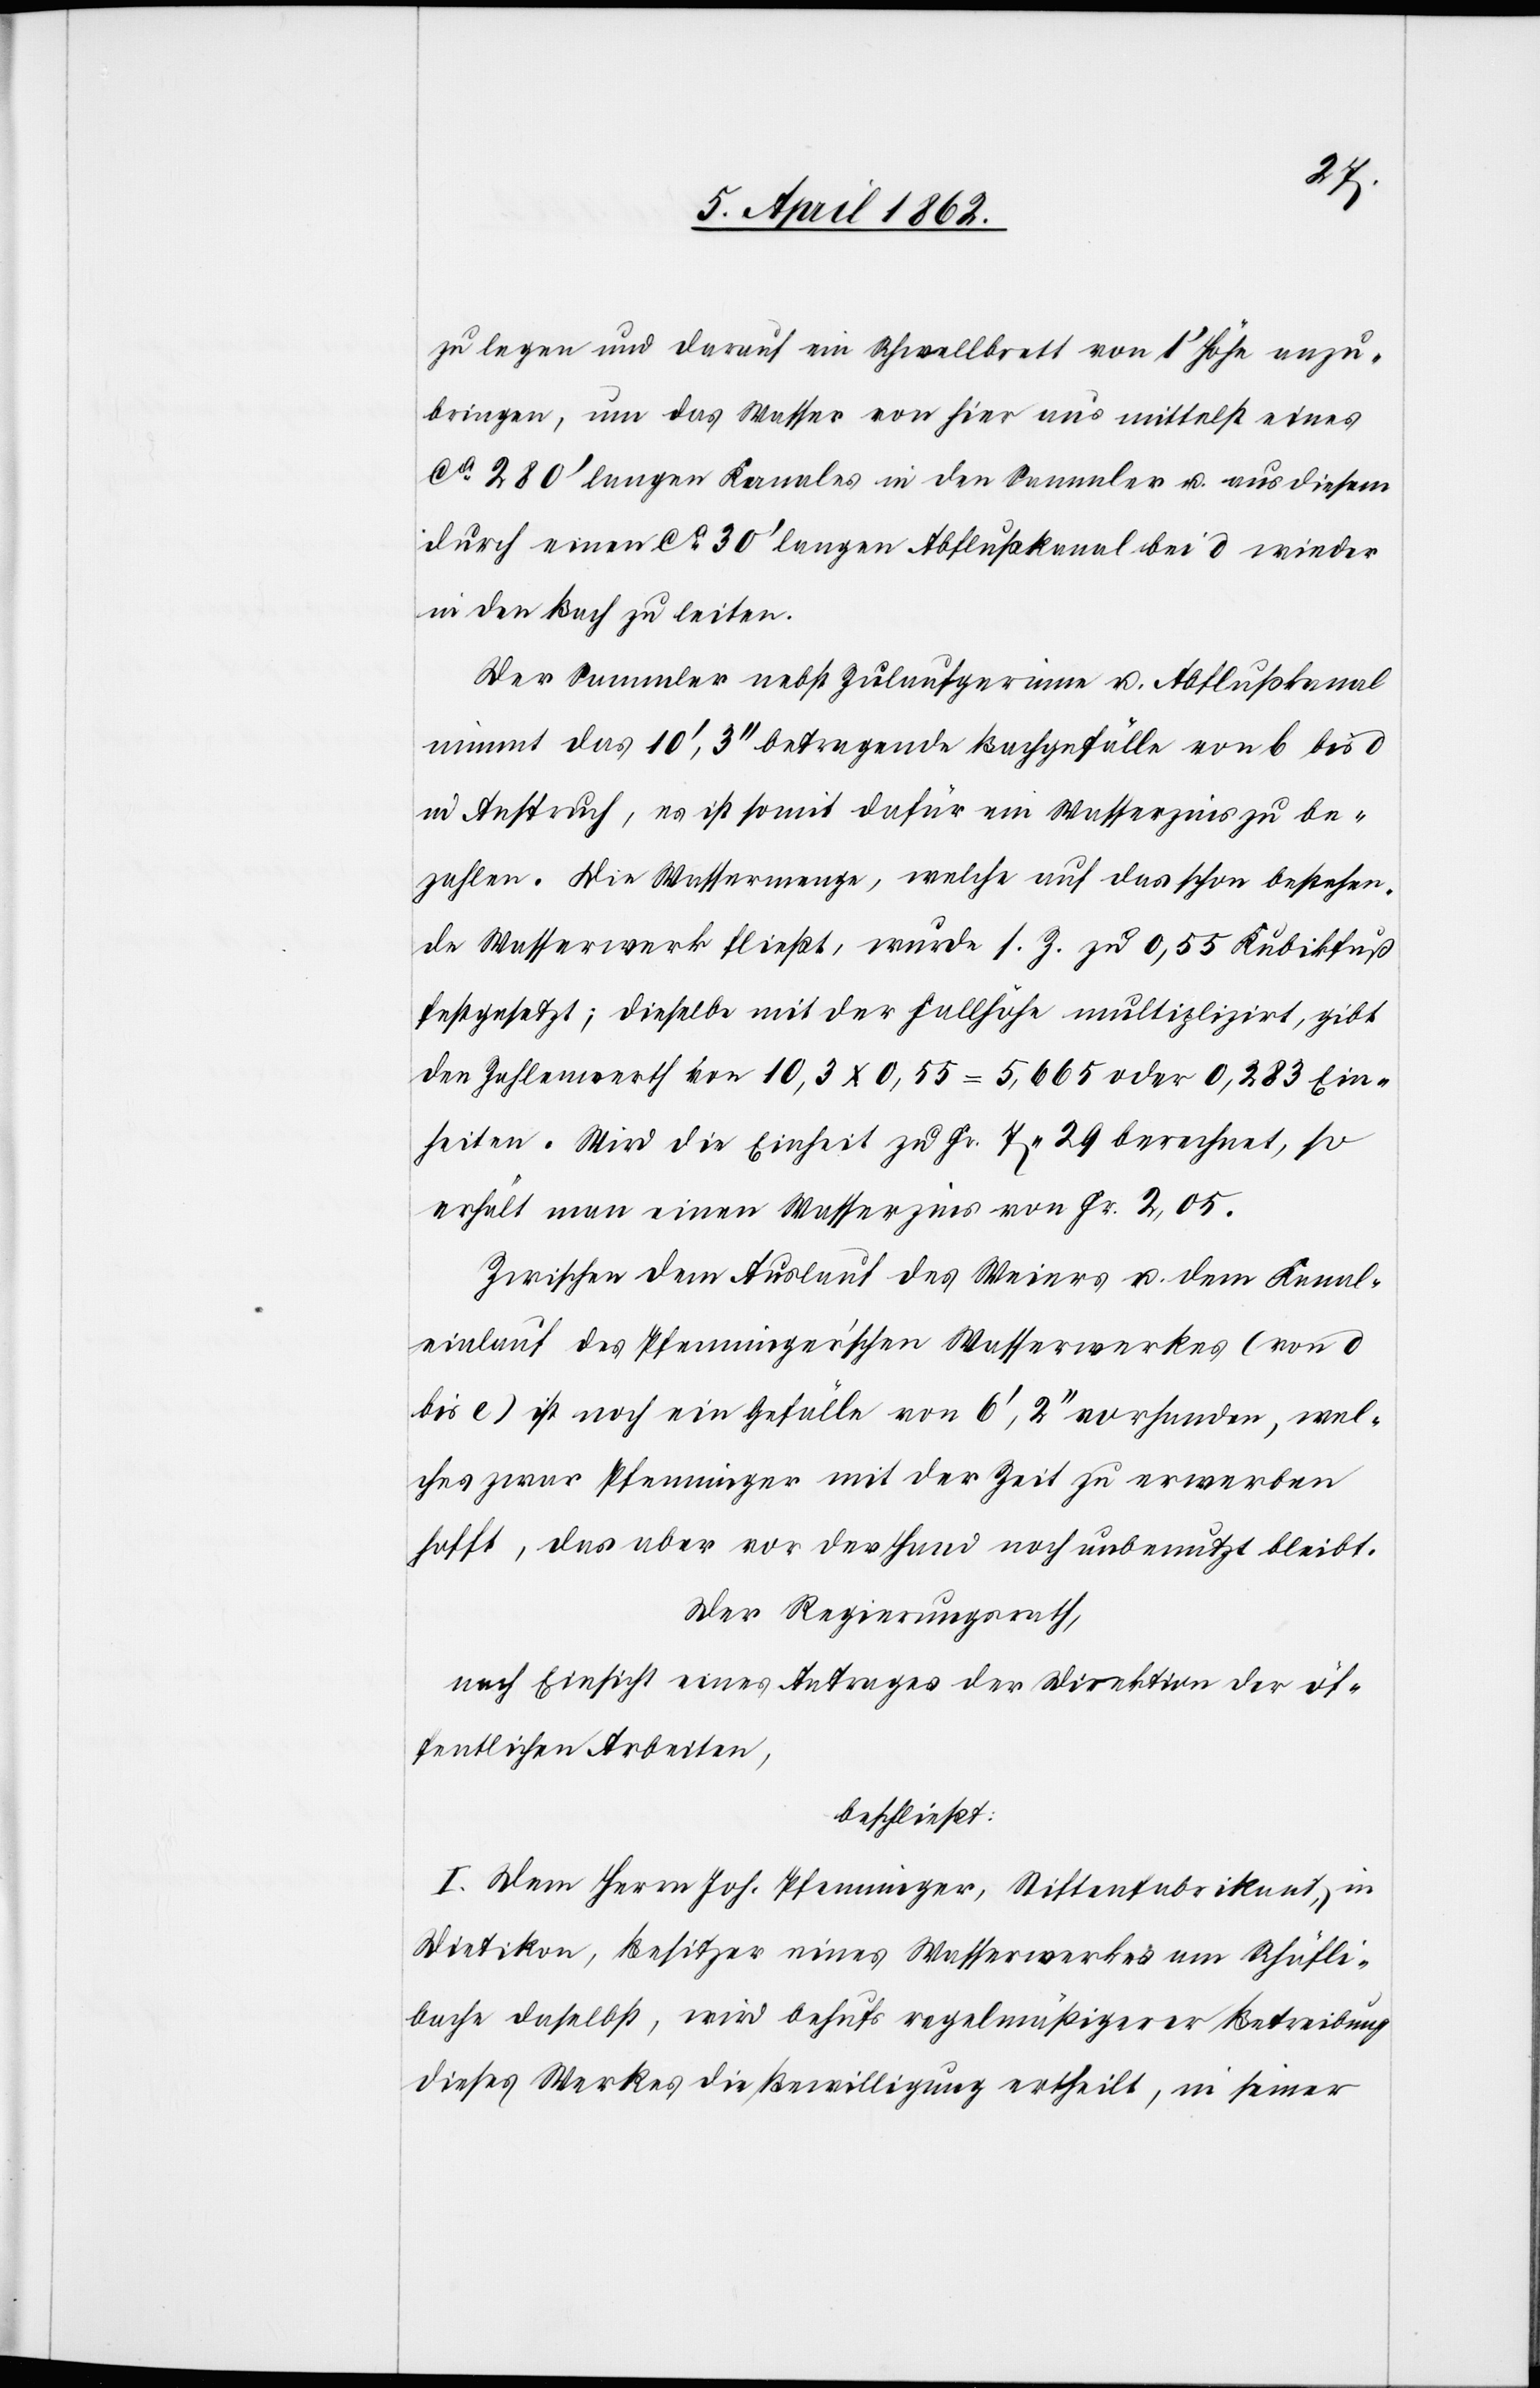
zu legen und darauf ein Schwellbrett von 1’ Höhe anzu¬
bringen, um das Wasser von hier aus mittelst eines
ca 280’ langen Kanales in den Sammler u. aus diesem
durch einen ca. 30’ langen Abflußkanal bei d wieder
in den Bach zu leiten.
Der Sammler nebst Zulaufgerinne u. Abflußkanal
nimmt das 10’,3’’ betragende Bachgefälle von b bis d
in Anspruch, es ist somit dafür ein Wasserzins zu be¬
zahlen. Die Wassermenge, welche auf das schon bestehen¬
de Wasserwerk fließt, wurde s. Z. zu 0,55 Kubikfuß
festgesetzt; dieselbe mit der Fallhöhe multiplizirt, gibt
den Zahlenwerth von 10,3x0,55=5,665 oder 0,238 Ein¬
heiten. Wird die Einheit zu Fr. 7,29 berechnet, so
erhält man einen Wasserzins von Fr. 2,05.
Zwischen dem Auslauf des Weiers v. dem Kanal¬
einlauf des Pfenniger’schen Wasserwerkes (von d
bis e) ist noch ein Gefälle von 6’,2’’ vorhanden, wel¬
ches zwar Pfenninger mit der Zeit zu erwerben
hofft, das aber vor der Hand noch unbenutzt bleibt.
Der Regierungsrath,
nach Einsicht eines Antrages der Direktion der öf¬
fentlichen Arbeiten,
beschließt:
I. Dem Herrn Joh. Pfenninger, Stiftenfabrikant, in
Dietikon, Besitzer eines Wasserwerkes am Schäfli¬
bache daselbst, wird behufs regelmäßigerer Betreibung
dieses Werkes die Bewilligung ertheilt, in seiner